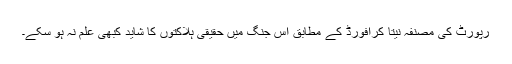
رپورٹ کی مصنفہ نیتا کرافورڈ کے مطابق اس جنگ میں حقیقی ہلاکتوں کا شاید کبھی علم نہ ہو سکے۔